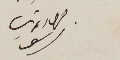
جرجي دمتري سرسق